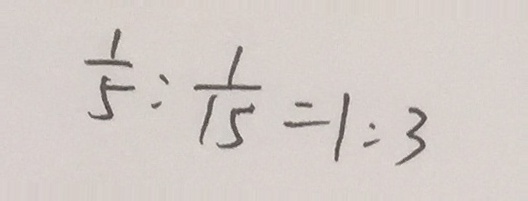
\frac { 1 } { 5 } : \frac { 1 } { 1 5 } = 1 : 3